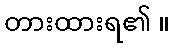
တားထားရ၏ ။